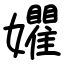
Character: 㜹